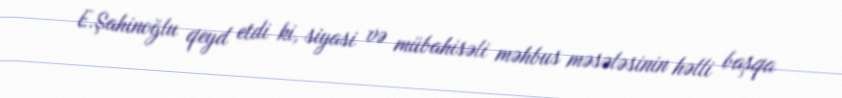
E.Şahinoğlu qeyd etdi ki, siyasi və mübahisəli məhbus məsələsinin həlli başqa